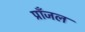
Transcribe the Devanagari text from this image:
प्राँजल